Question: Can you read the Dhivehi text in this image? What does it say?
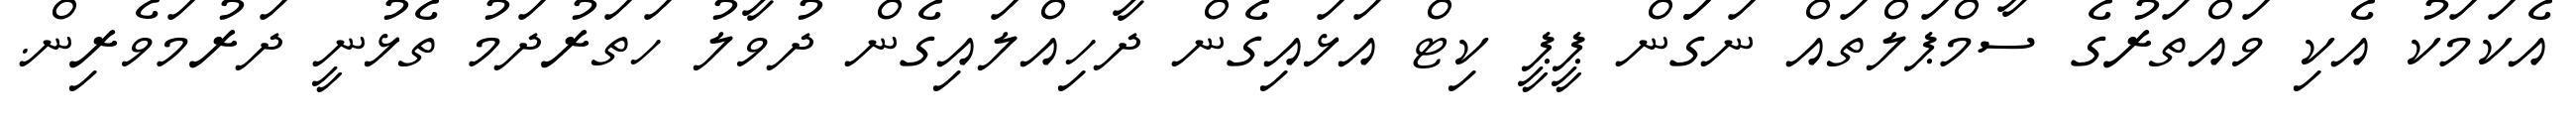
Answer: އެކަމަކު އެކި ވައްތަރުގެ ސާމްޕަލްތައް ނަގަަން ޕީޕީ ކިޓް އަޅައިގެން ދާހިއްލައިގެން ދުވާލު ހަތަރުދަމު ތެޅުނީ ދަރުމަވެރިން.